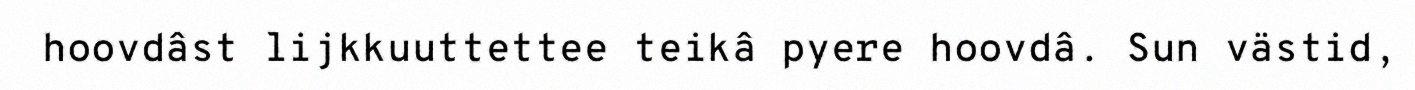
hoovdâst lijkkuuttettee teikâ pyere hoovdâ. Sun västid,